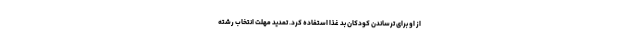
از او برای ترساندن کودکان بد غذا استفاده کرد. تمدید مهلت انتخاب رشته